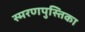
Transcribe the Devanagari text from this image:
स्मरणपुस्तिका